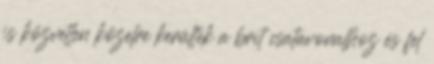
is közvetlen közelre kerültek a brit csatavonalhoz és fel